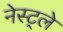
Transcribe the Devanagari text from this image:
नेस्ट्ले